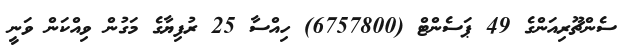
ސެންޗޫރިއަންގެ 49 ޕަސެންޓް (6757800) ހިއްސާ 25 ރުފިޔާގެ މަގުން ވިއްކަން ވަނީ